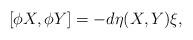
LaTeX: \begin{align*}[\phi X, \phi Y] = -d\eta(X,Y)\xi,\end{align*}